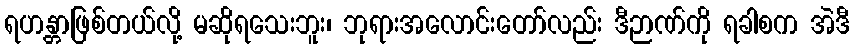
ရဟန္တာဖြစ်တယ်လို့ မဆိုရသေးဘူး၊ ဘုရားအလောင်းတော်လည်း ဒီဉာဏ်ကို ရခါစက အဲဒီ